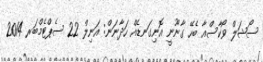
ސޯޝަލް ވޯކާސްއާ ބެހޭ ގާނޫނީ އޮނިގަނޑެއް ހަދާނަން: އަނިލް 22 ސެޕްޓެމްބަރ 2014